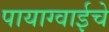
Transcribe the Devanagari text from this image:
पायाग्वाईचे